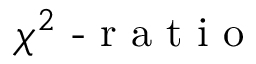
\chi ^ { 2 } \textrm { - r a t i o }